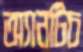
অ্যানটিচ